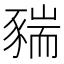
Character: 䝎